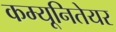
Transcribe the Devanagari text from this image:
कम्यूनितेयर